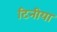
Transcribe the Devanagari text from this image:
टिनीया